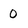
Character: 0